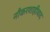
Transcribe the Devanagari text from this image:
नौकरशाहीवाद